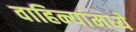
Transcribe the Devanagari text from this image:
वाहिन्यांमध्ये